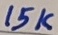
Text: 15K